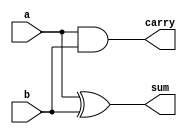
// This program was cloned from: https://github.com/clowdur/HPAM_mul8
// License: MIT License

// Half Adder
// synthesizable
// Oliver Huang and Jared Yoder

module HA (output carry, output sum, input a, input b);

    // instantiating sum and carry primitives
    assign carry = a & b;
    assign sum = a ^ b;
endmodule

// primitive outSum(output sum, input A, input B);

//     // Truth Table for sum
//     table
//       // A B   sum
//          0 0 :  0  ;
//          0 1 :  1  ;
//          1 0 :  1  ;
//          1 1 :  0  ;
//     endtable
// endprimitive

// primitive outCarry(output carry, input A, input B);

//     // Truth Table for carry out
//     table
//       // A B  carry
//          0 0 :  0  ;
//          0 1 :  0  ;
//          1 0 :  0  ;
//          1 1 :  1  ;
//     endtable
// endprimitive

// module HA (output carry, output sum, input A, input B);

//     // instantiating sum and carry primitives
//     outSum s(sum, A, B);
//     outCarry c(carry, A, B);
// endmodule